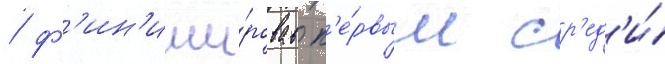
/ ф'ин'иши́ровав п'е́рвым ср'ед'и́